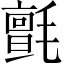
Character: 氈